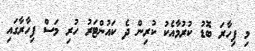
މި ފިހާރަ ބޮޑު ކުރުމާއެކު ކުރިން ދެ ކައުންޓަރު ހުރި މަސް ފިހާރާގައި